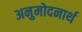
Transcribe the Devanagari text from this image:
अनुमोदनार्थ